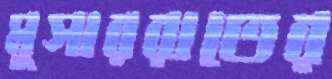
মুসাররাতের